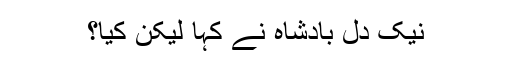
نیک دل بادشاہ نے کہا لیکن کیا؟